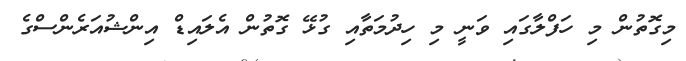
މިގޮތުން މި ހަފްލާގައި ވަނީ މި ހިދުމަތާއި ގުޅޭ ގޮތުން އެލައިޑް އިންޝުއަރެންސްގެ